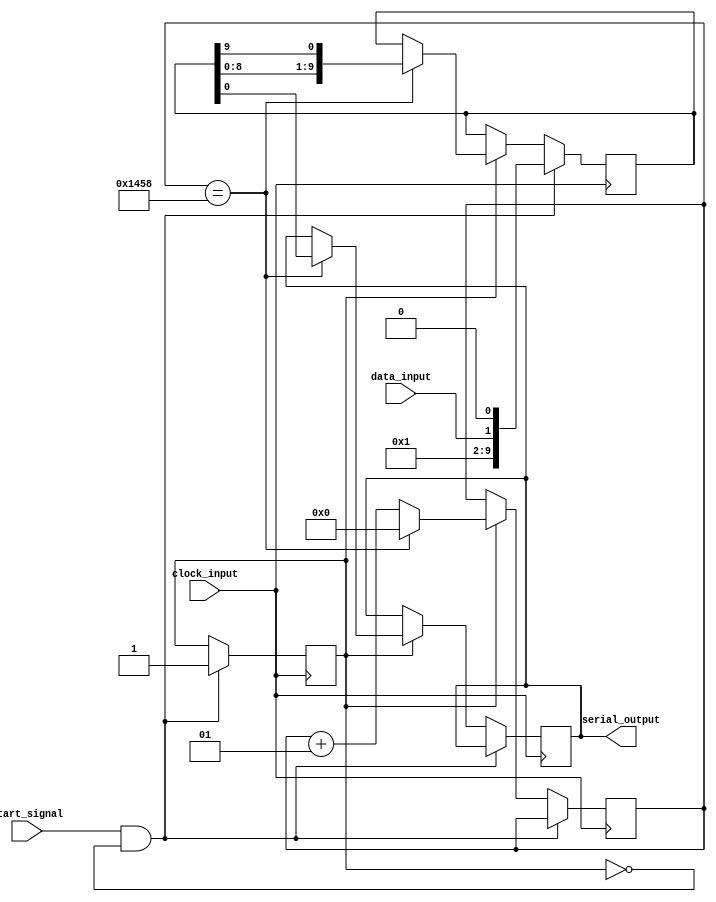
module uart_transmitter (
    input data_input,
    input clock_input,
    input start_signal,
    output reg serial_output
);

reg [9:0] shift_register;
reg transmit_enable;
reg transmit_bit_count;
reg transmit_complete;

parameter BAUD_RATE = 9600;

// Baud rate calculation
integer baud_counter = 0;
parameter BAUD_DIVIDER = 50000000 / BAUD_RATE;

// UART transmitter functionality
always @(posedge clock_input) begin
    if(start_signal && !transmit_enable) begin
        shift_register <= {1'b1, data_input, 1'b0};   // Prepare data with start and stop bits
        transmit_enable <= 1'b1;
        transmit_bit_count <= 0;
        transmit_complete <= 0;
    end
    else if(transmit_enable) begin
        if(baud_counter == BAUD_DIVIDER) begin
            serial_output <= shift_register[0];    // Output serial data
            shift_register <= {shift_register[8:0], shift_register[9]};   // Shift data
            transmit_bit_count <= transmit_bit_count + 1;
            baud_counter <= 0;
            
            if(transmit_bit_count == 10) begin
                transmit_enable <= 0;
                transmit_complete <= 1;
            end
        end
        else begin
            baud_counter <= baud_counter + 1;
        end
    end
end

endmodule